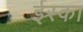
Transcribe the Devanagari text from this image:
ईस्का